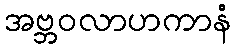
အဗ္ဘဝလာဟကာနံ